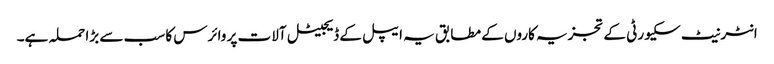
انٹرنیٹ سکیورٹی کے تجزیہ کاروں کے مطابق یہ ایپل کے ڈیجیٹل آلات پر وائرس کا سب سے بڑا حملہ ہے۔